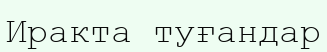
Иракта туғандар